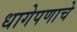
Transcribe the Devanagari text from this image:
धागेपणाचे